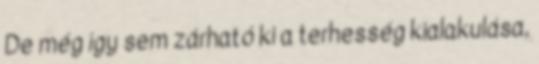
De még így sem zárható ki a terhesség kialakulása,